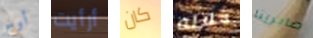
أوج أرأيت كان خلاله صابرينا